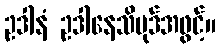
ဥဒါနံ ဥဒါနေသိပုဒ်အဖွင့်။